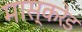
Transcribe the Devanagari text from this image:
मास्करेड